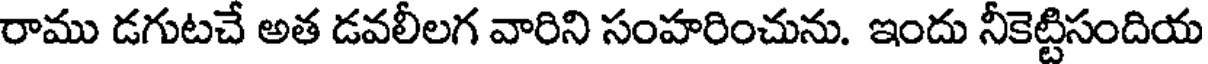
రాము డగుటచే అత డవలీలగ వారిని సంహరించును. ఇందు నీకెట్టిసందియ